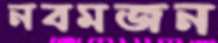
নবমজন